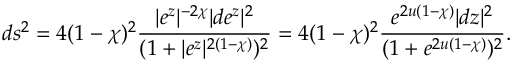
d s ^ { 2 } = 4 ( 1 - \chi ) ^ { 2 } \frac { | e ^ { z } | ^ { - 2 \chi } | d e ^ { z } | ^ { 2 } } { ( 1 + | e ^ { z } | ^ { 2 ( 1 - \chi ) } ) ^ { 2 } } = 4 ( 1 - \chi ) ^ { 2 } \frac { e ^ { 2 u ( 1 - \chi ) } | d z | ^ { 2 } } { ( 1 + e ^ { 2 u ( 1 - \chi ) } ) ^ { 2 } } .